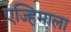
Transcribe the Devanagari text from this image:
एज्हिमाला